Civil Veterinary Department Bihar reports 1940-50 - 1940-1950
Year: 1940
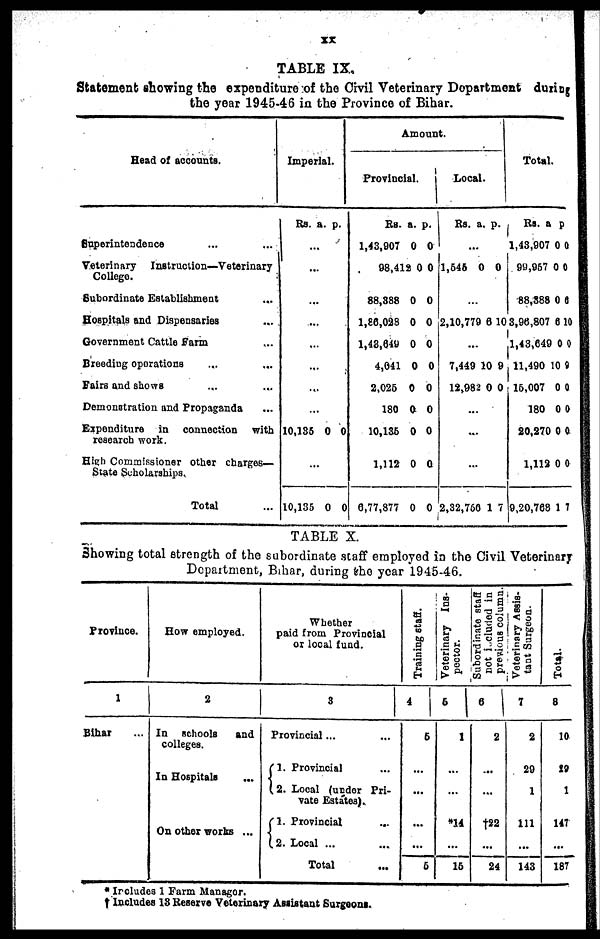
XX
TABLE IX.
Statement showing the expenditure of the Civil Veterinary Department during
the year 1945-46 in the Province of Bihar.
Head of accounts.
Superintendence
...
....
Veterinary Instruction— Veterinary
College.
Subordinate Establishment ...
Hospitals and Dispensaries ...
Government Cattle Farm
Breeding operations ... ...
Fairs and shows ... ...
Demonstration and Propaganda ..
Expenditure in connection with
research work.
High Commissioner other charges-
State Scholarships.
Total ...
Imperial.
Rs. a
...
...
...
...
...
...
...
...
10,185
...
10,135
. p
0
0
.
0
0
Amount.
Provincial.
Rs.
1,43,907
98,412
88,388
1,86,028
1,48,640
4,041
2,025
180
10,135
1,112
6,77,877
a.
0
0
0
0
0
0
0
0
0
0
0
p.
0
0
0
0
0
0
0
0
0
0
0
Local.
Rs.
...
1,545
...
2,10,779
...
7,449
12,982
...
...
...
2,32,760
a.
0
6
10
0
1
p.
0
10
9
0
7
Total.
Rs.
1,43,907
99,957
88,388
3,96,807
1,43,649
11,490 1
15,007
180
20,270
1,112
9,20,768
a.
0
0
0
6
0
0
0
0
0
0
1
p.
0
0
0
10
0
9
0
0
0.
0
7
TABLE X.
Showing total strength of the subordinate staff employed in the Civil Veterinary
Department, Bihar, during the year 1945-46.
Province.
1
Bihar ...
How employed.
2
In schools
and
colleges.
In Hospitals
Whether
paid from Provincial
or local fund.
3
Provincial...
1. Provincial ...
2. Local (under Pri-
vate Estates)..
2. Local ... ...
Total ...
Training staff.
4
6
...
...
5
Veterinary Ins-
pector.
5
1
...
*14
...
15
Subordinate staff
not included in
previous column
6
2
...
†22
...
24
Veterinary Assis-
tant Surgeon.
7
2
29
1
111
...
143
Total.
8
10
19
1
147
...
187
* Includes 1 Farm Manager.
† Includes 13 Reserve Veterinary Assistant Surgeons.